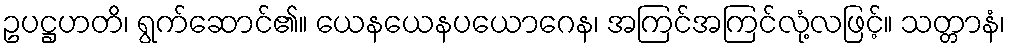
ဥပဋ္ဌဟတိ၊ ရွက်ဆောင်၏။ ယေနယေနပယောဂေန၊ အကြင်အကြင်လုံ့လဖြင့်။ သတ္တာနံ၊